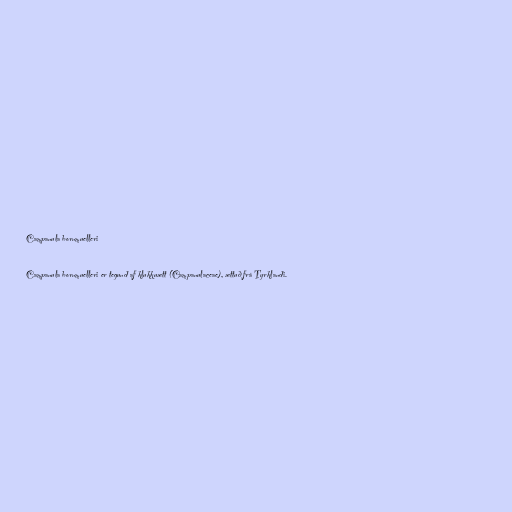
Campanula bornmuelleri

Campanula bornmuelleri er tegund af klukkuætt (Campanulaceae), ættuð frá Tyrklandi.